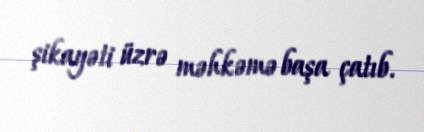
şikayəti üzrə məhkəmə başa çatıb.